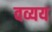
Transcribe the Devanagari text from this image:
वव्यय